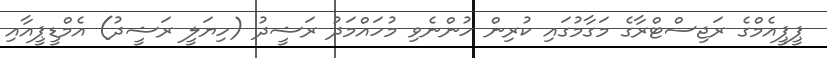
ޕީޕީއެމްގެ ރަޖިސްޓްރާގެ މަގާމުގައި ކުރިން ހުންނެވި މުހައްމަދު ރަޝީދު (ހިޔަލީ ރަޝީދު) އެމްޑީޕީއާއި